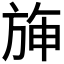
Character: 𣃵